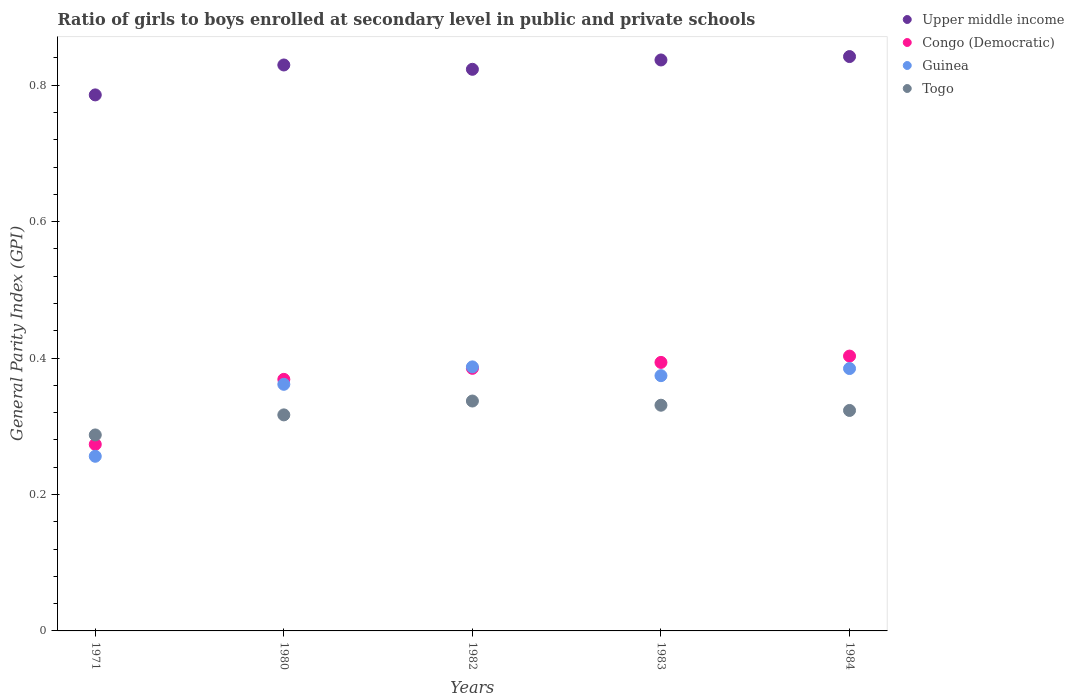
| Years | Upper middle income | Congo (Democratic) | Guinea | Togo |
 | --- | --- | --- | --- | --- |
 | 1971 | 0.786 | 0.273 | 0.256 | 0.287 |
 | 1980 | 0.83 | 0.369 | 0.362 | 0.317 |
 | 1982 | 0.823 | 0.385 | 0.387 | 0.337 |
 | 1983 | 0.837 | 0.394 | 0.374 | 0.331 |
 | 1984 | 0.842 | 0.403 | 0.385 | 0.323 |